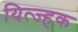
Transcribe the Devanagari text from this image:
यित्ज्हक